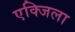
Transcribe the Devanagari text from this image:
एक्जिला